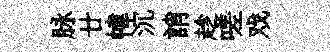
脉廿幃沉誚趁嗟戏